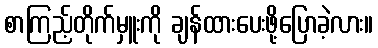
စာကြည့်တိုက်မှူးကို ချန်ထားပေးဖို့ပြောခဲ့လား။